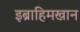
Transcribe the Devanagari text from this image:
इब्राहिमखान